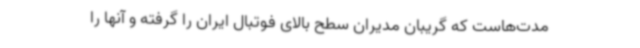
مدت‌هاست که گریبان مدیران سطح بالای فوتبال ایران را گرفته و آنها را